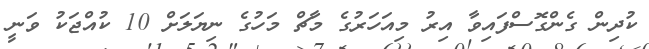
ކުދިން ގެންގޮސްފައިވާ އިރު މިއަހަރުގެ މާޗް މަހުގެ ނިޔަލަށް 10 ކުއްޖަކު ވަނީ